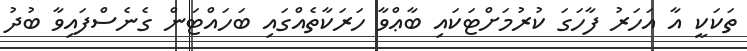
ތަކަކީ އާ އަހަރު ފާހަގަ ކުރުމަށްޓަކައި ބާޢްވާ ހަރަކާތެއްގައި ބަހައްޓަން ގެނެސްފައިވާ ބުދު